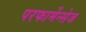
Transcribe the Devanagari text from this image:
परफार्मेन्सेज